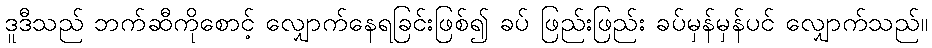
ဒူဒီသည် ဘက်ဆီကိုစောင့် လျှောက်နေရခြင်းဖြစ်၍ ခပ် ဖြည်းဖြည်း ခပ်မှန်မှန်ပင် လျှောက်သည်။